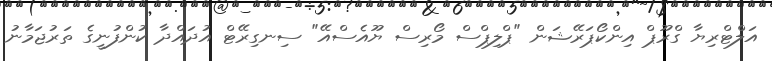
އަލްޓްރިޔާ ގްރޫޕް އިންކޯޕަރޭޝަން "ޕްލިޕްސް މޯރިސް ޔޫއެސްއޭ" ސިނގިރޭޓް އުދައްދާ ކުންފުނީގެ ތަރުޖަމާނު